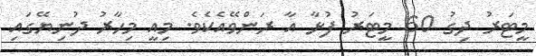
މީޓަރު ދިގު 60 މީޓަރު ފުޅާ އާ ރަންވޭއެކެވެ. މިއީ މިހާރު ދުނިޔޭގައި